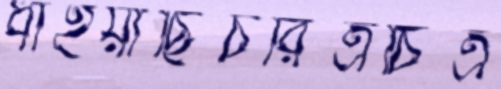
ধাইয়াছিচরিত্রচিত্র